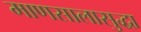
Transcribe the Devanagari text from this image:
माणसालासुद्धा